Report of the Hyderabad Chloroform Commission
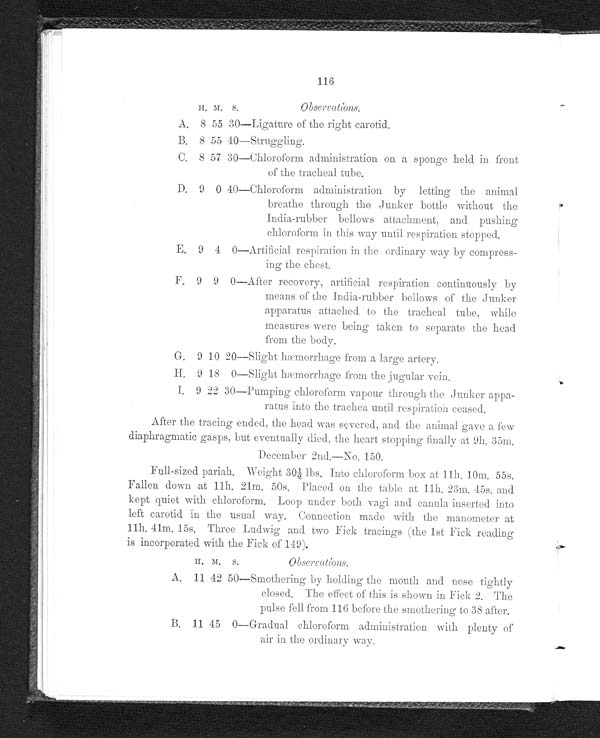
116
H. M. S.
Observations.
A. 8 55 30 —Ligature of the right carotid.
B. 8 55 40—Struggling.
C. 8 57 30—Chloroform administration on a sponge held in front
of the tracheal tube.
D. 9 0 40—Chloroform administration by letting the animal
breathe through the Junker bottle without the
India-rubber bellows attachment, and pushing
chloroform in this way until respiration stopped.
E. 9 4 0—Artificial respiration in the ordinary way by compress
¬ing the chest.
F. 9 9 0 —After recovery, artificial respiration continuously by
means of the India-rubber bellows of the Junker
apparatus attached to the tracheal tube, while
measures were being taken to separate the head
from the body.
G. 9 10 20—Slight hæmorrhage from a large artery.
H. 9 18 0—Sl i ght hæmor r ha ge f r om t he j ugul a r ve i n.
I. 9 22 30—Pumping chloroform vapour through the Junker appa
¬ratus into the trachea until respiration ceased.
After the tracing ended, the head was severed, and the animal gave a few
diaphragmatic gasps, but eventually died, the heart stopping finally at 9h. 35m.
December 2nd.—No. 150.
Full-sized pariah. Weight 30½ lbs. Into chloroform box at 11h. 10m. 55s.
Fallen down at 11h. 21m. 50s, Placed on the table at 11h, 23m. 45s. and
kept quiet with chloroform. Loop under both vagi and canula inserted into
left carotid in the usual way. Connection made with the manometer at
11h. 41m. 15s. Three Ludwig and two Fick tracings (the 1st Fick reading
is incorporated with the Fick of 149).
H. M. S.
Observations.
A. 11 42 50—Smothering by holding the mouth and nose tightly
closed. The effect of this is shown in Fick 2. The
pulse fell from 116 before the smothering to 38 after.
B. 11 45 0—Gradual chloroform administration with plenty of
air in the ordinary way.